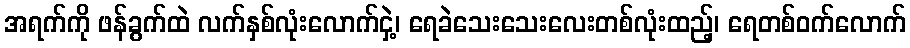
အရက်ကို ဖန်ခွက်ထဲ လက်နှစ်လုံးလောက်ငှဲ့၊ ရေခဲသေးသေးလေးတစ်လုံးထည့်၊ ရေတစ်ဝက်လောက်